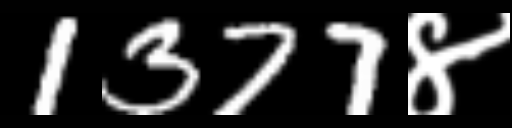
Text: 1377४